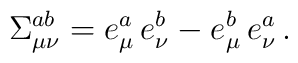
\Sigma _{\mu \nu }^{ab}=e_\mu ^a \, e_\nu ^b - e_\mu ^b \, e_\nu ^a \, .